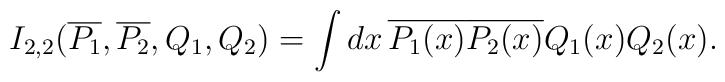
I_{2,2}(\overline{P_1},\overline{P_2}, Q_1, Q_2) =\int dx\, \overline{P_1(x)} \overline{P_2(x)} Q_1(x) Q_2(x).